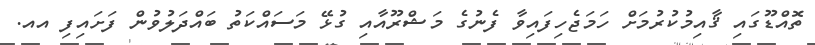
ތޮއްޑޫގައި ޤާއިމުކުރުމަށް ހަމަޖެހިފައިވާ ފެނުގެ މަޝްރޫއާއި ގުޅޭ މަސައްކަތު ބައްދަލުވުން ފަށައިފި އއ.